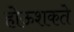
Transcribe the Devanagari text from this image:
होऊशकते